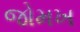
જોમખ